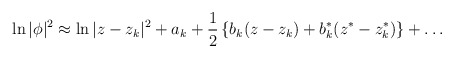
\begin{align*}\ln|\phi|^2\approx\ln|z-z_k|^2+a_k+\frac{1}{2}\left\{b_k(z-z_k)+b_k^*(z^*-z_k^*)\right\}+\dots\end{align*}